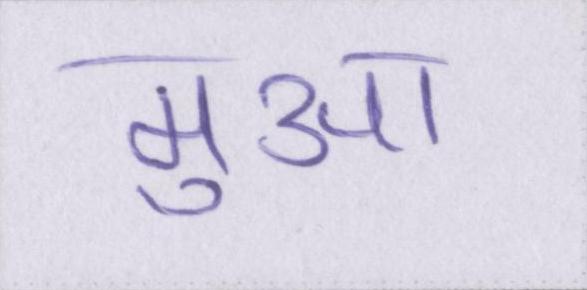
मुआ